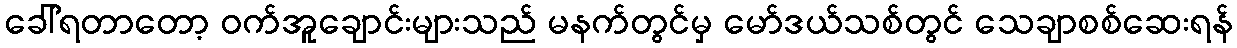
ခေါ်ရတာတော့ ဝက်အူချောင်းများသည် မနက်တွင်မှ မော်ဒယ်သစ်တွင် သေချာစစ်ဆေးရန်